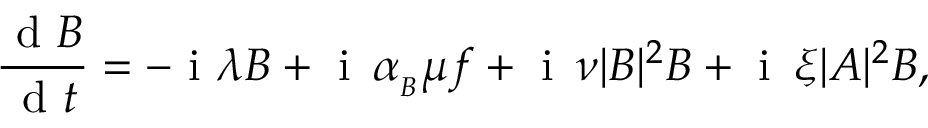
\frac { \mathrm { ~ d ~ } B } { \mathrm { ~ d ~ } t } = - \mathrm { ~ i ~ } \lambda B + \mathrm { ~ i ~ } \, \alpha _ { _ B } \mu f + \mathrm { ~ i ~ } \, \nu | B | ^ { 2 } B + \mathrm { ~ i ~ } \, \xi | A | ^ { 2 } B ,